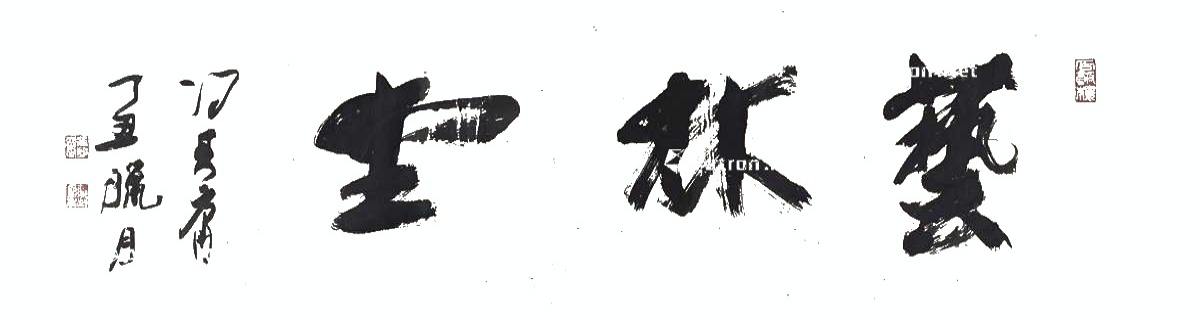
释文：艺林堂。冯其庸，丁丑腊月。